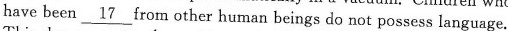
have been \underline{17} from other human beings do not possess language.